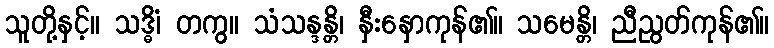
သူတို့နှင့်။ သဒ္ဓိံ၊ တကွ။ သံသန္ဒန္တိ၊ နှီးနှောကုန်၏။ သမေန္တိ၊ ညီညွတ်ကုန်၏။